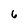
Character: 6